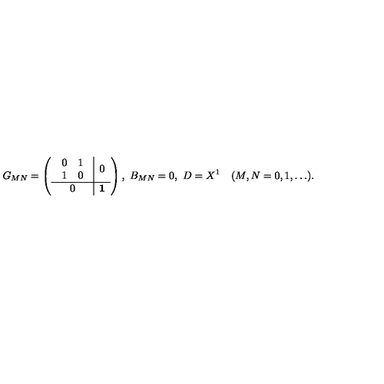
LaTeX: G _ { M N } = \left( \begin{array} { c | c } { \begin{array} { c c } { 0 } & { 1 } \\ { 1 } & { 0 } \\ \end{array} } & { 0 } \\ \hline { 0 } & { \mathrm { { \bf 1 } } } \\ \end{array} \right) , \ B _ { M N } = 0 , \ D = X ^ { 1 } \quad ( M , N = 0 , 1 , \dots ) .